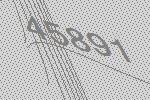
45891